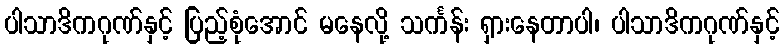
ပါသာဒိကဂုဏ်နှင့် ပြည့်စုံအောင် မနေလို့ သင်္ကန်း ရှားနေတာပါ၊ ပါသာဒိကဂုဏ်နှင့်